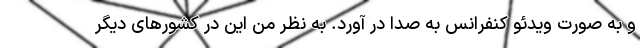
و به صورت ویدئو کنفرانس به صدا در آورد. به نظر من این در کشورهای دیگر